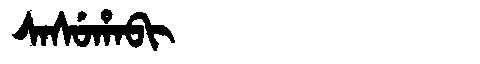
Manchu: ᠰᠠᠰᡠᡥᠠᠪᡳ
Romanization: SASUHABI